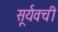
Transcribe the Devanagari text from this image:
सूर्यवची